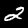
Digit: 2